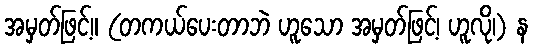
အမှတ်ဖြင့်။ (တကယ်ပေးတာဘဲ ဟူသော အမှတ်ဖြင့်၊ ဟူလို၊) န